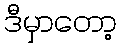
ဒီမှာတော့